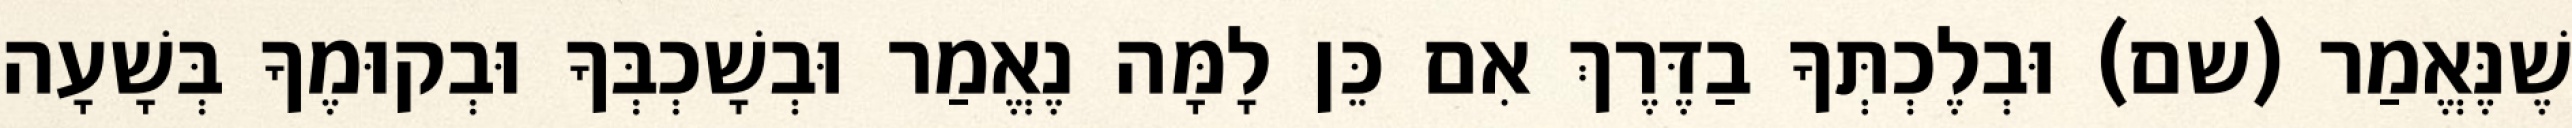
שֶׁנֶּאֱמַר (שם) וּבְלֶכְתְּךָ בַדֶּרֶךְ אִם כֵּן לָמָּה נֶאֱמַר וּבְשָׁכְבְּךָ וּבְקוּמֶךָ בְּשָׁעָה